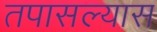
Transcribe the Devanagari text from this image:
तपासल्यास